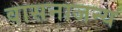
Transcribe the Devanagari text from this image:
वासनाजन्य